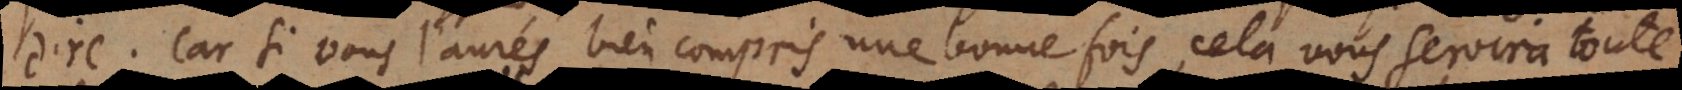
dire. Car si vous l’aurés bien compris une bonne fois, cela vous servira toute